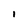
Character: l